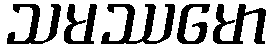
သမဿမော